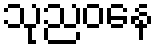
သုညဝနေ